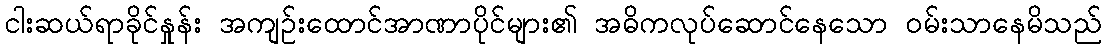
ငါးဆယ်ရာခိုင်နှုန်း အကျဉ်းထောင်အာဏာပိုင်များ၏ အဓိကလုပ်ဆောင်နေသော ဝမ်းသာနေမိသည်